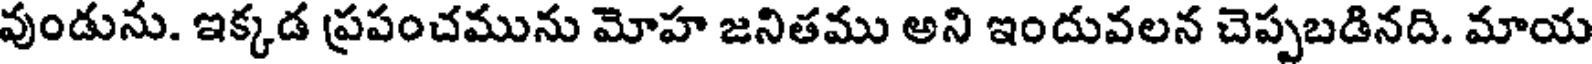
వుండును. ఇక్కడ ప్రపంచమును మోహ జనితము అని ఇందువలన చెప్పబడినది. మాయ